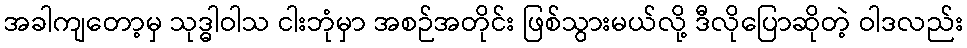
အခါကျတော့မှ သုဒ္ဓါဝါသ ငါးဘုံမှာ အစဉ်အတိုင်း ဖြစ်သွားမယ်လို့ ဒီလိုပြောဆိုတဲ့ ဝါဒလည်း